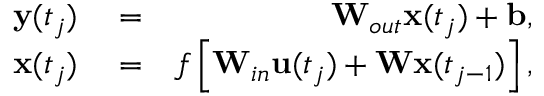
\begin{array} { r l r } { \mathbf { y } ( t _ { j } ) } & { { } = } & { \mathbf { W } _ { o u t } \mathbf { x } ( t _ { j } ) + \mathbf { b } , } \\ { \mathbf { x } ( t _ { j } ) } & { { } = } & { f \left[ \mathbf { W } _ { i n } \mathbf { u } ( t _ { j } ) + \mathbf { W } \mathbf { x } ( t _ { j - 1 } ) \right] , } \end{array}